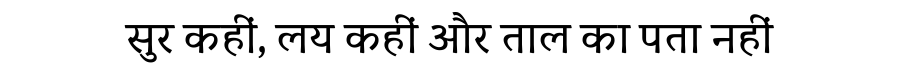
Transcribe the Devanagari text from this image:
सुर कहीं, लय कहीं और ताल का पता नहीं